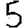
Digit: 5